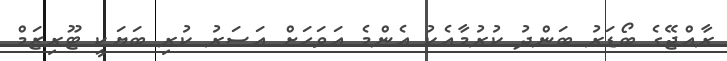
ރާއްޖޭގެ ބޯޑަރު ބަންދު ކުރުމާއެކު އެންމެ އަވަހަށް އަސަރު ކުރި ބަޔަކީ ޓޫރިޒަމް